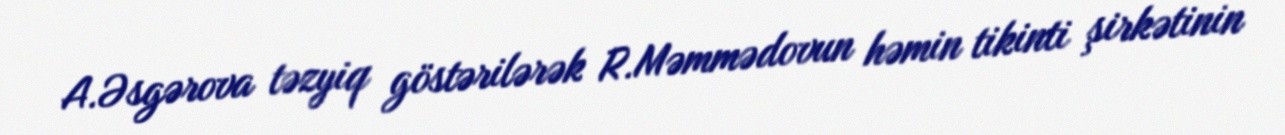
A.Əsgərova təzyiq göstərilərək R.Məmmədovun həmin tikinti şirkətinin